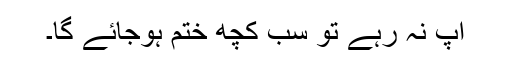
آپ نہ رہے تو سب کچھ ختم ہوجائے گا۔